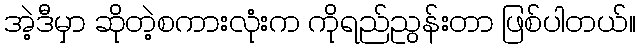
အဲ့ဒီမှာ ဆိုတဲ့စကားလုံးက ကိုရည်ညွန်းတာ ဖြစ်ပါတယ်။